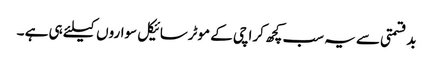
بدقسمتی سے یہ سب کچھ کراچی کے موٹرسائیکل سواروں کیلئے ہی ہے ۔